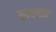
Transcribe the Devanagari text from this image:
कायगाव